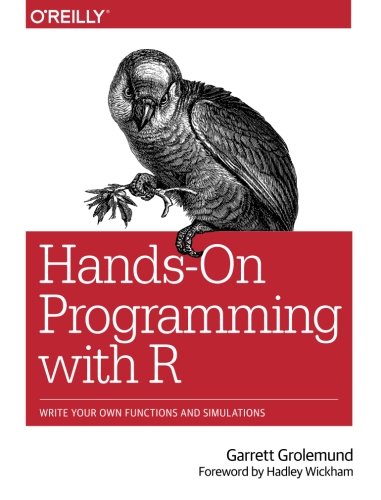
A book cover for Hands-On Programming with R: Write Your Own Functions and Simulations; Garrett Grolemund; Computers & Technology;